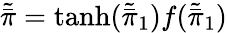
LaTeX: \tilde{\bar{\pi}}=\operatorname{tanh}(\tilde{\bar{\pi}}_{1})f(\tilde{\bar{\pi}}_{1})